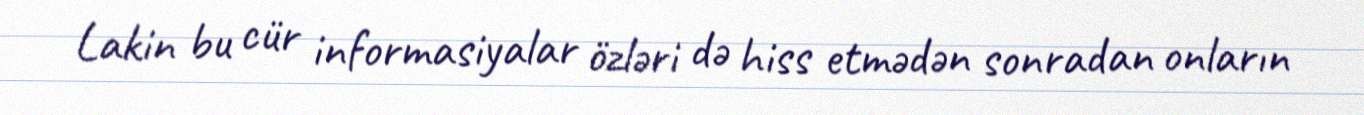
Lakin bu cür informasiyalar özləri də hiss etmədən sonradan onların